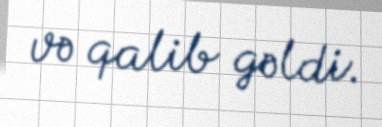
və qalib gəldi.